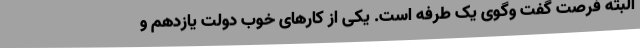
البته فرصت گفت وگوی یک طرفه است. یکی از کارهای خوب دولت یازدهم و